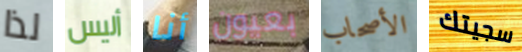
لذا أليس أنا بعيون الأصحاب سجيتك